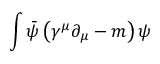
\int { \bar { \psi } } \left( \gamma ^ { \mu } \partial _ { \mu } - m \right) \psi